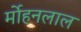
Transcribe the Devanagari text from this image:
र्मोहनलाल